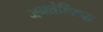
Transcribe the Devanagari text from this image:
जनतेविरुद्ध